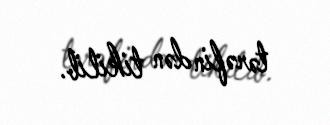
tərəfindən tikilib.